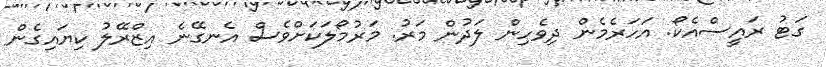
ގަޓު ރައީސްއެކޯ. އަހަރެމެން ދިވެހިން ލަދުން މަރު. މަރުމޯލަކަށްވެސް އެނގޭނެ އިޒްރޭލު ކިޔައިގެން